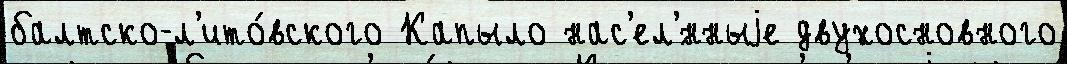
балтско-л'ито́вского Капыло нас'ел'́нныjе двухосновного